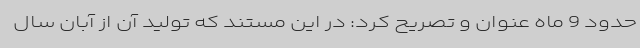
حدود 9 ماه عنوان و تصریح کرد: در این مستند که تولید آن از آبان سال